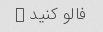
فالو کنید �